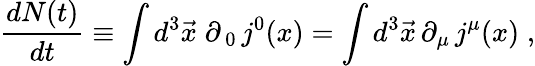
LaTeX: \frac{dN(t)}{dt}\equiv\int d^{3}\vec{x}\; \partial_{\, 0}\, j^{0}(x)=\int d^{3}\vec{x}\, \partial_{\mu}\, j^{\mu}(x)\; ,